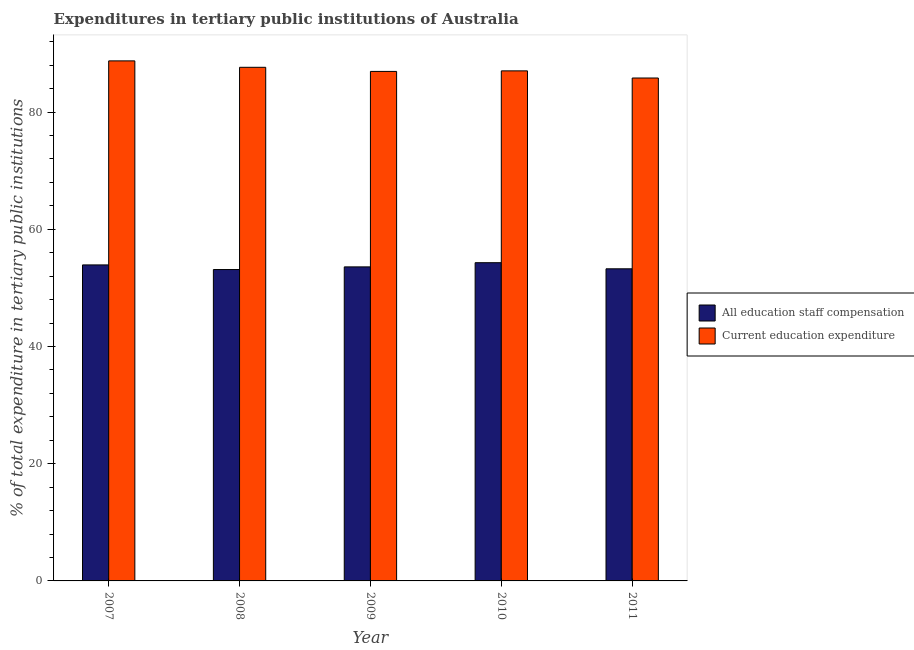
| Year | All education staff compensation | Current education expenditure |
 | --- | --- | --- |
 | 2007 | 53.9 | 88.7 |
 | 2008 | 53.1 | 87.6 |
 | 2009 | 53.6 | 86.9 |
 | 2010 | 54.3 | 87 |
 | 2011 | 53.2 | 85.8 |